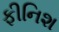
ફીનિશ